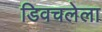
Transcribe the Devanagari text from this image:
डिवचलेला